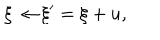
LaTeX: \xi \rightarrow \xi ^ { \prime } = \xi + u ,